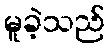
မူခဲ့သည်